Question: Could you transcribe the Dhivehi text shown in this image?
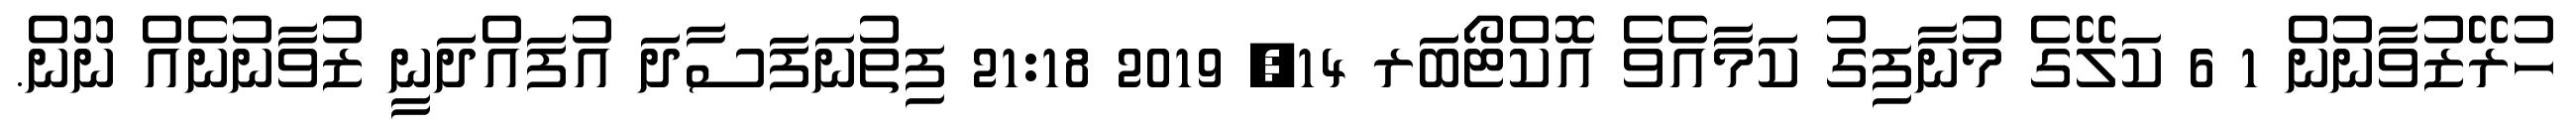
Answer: ހުރޭޒުވާނުން 1 6 ކަލޭގެ މުނާފިގު ކަމާއެވެ އޮކްޓޯބަރ 14, 2019 21:18 ފިތުނަފަސާދަ އުފައްދަނީ ޒުވާނުނެއް ނޫން.